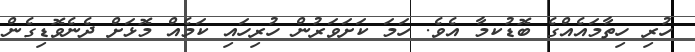
ހުރި ހިތާމައެއްގެ ބޮޑުކމާ އެވެ. ހަމަ ކަށަވަރުން ހުރިހައި ކަމެއް މޮޅަށް ދެނެވޮޑިގެން